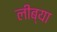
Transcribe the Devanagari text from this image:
लीब्या